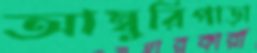
আম্বুরিপাড়া